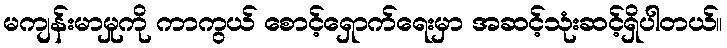
မကျန်းမာမှုကို ကာကွယ် စောင့်ရှောက်ရေးမှာ အဆင့်သုံးဆင့်ရှိပါတယ်။